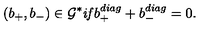
( b _ { + } , b _ { - } ) \in { \cal G ^ { * } } \mathrm { \it { i f } } b _ { + } ^ { d i a g } + b _ { - } ^ { d i a g } = 0 .